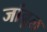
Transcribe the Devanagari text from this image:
जांबूल